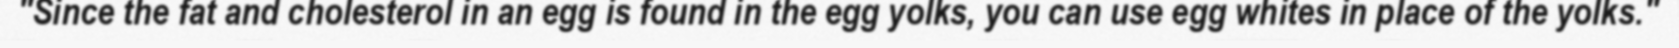
"Since the fat and cholesterol in an egg is found in the egg yolks, you can use egg whites in place of the yolks."